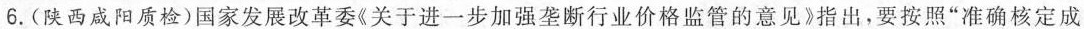
6.(陕西咸阳质检)国家发展改革委《关于进一步加强垄断行业价格监管的意见》指出，要按照”准确核定成